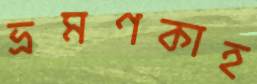
ভ্রমণকাহ